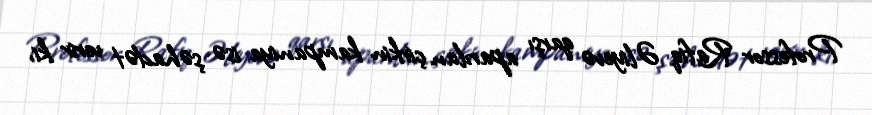
Professor Rafiq Əliyevə qarşı aparılan çirkin kampaniya isə şəhadət verir ki,